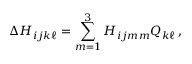
\Delta H _ { i j k \ell } = \sum _ { m = 1 } ^ { 3 } H _ { i j m m } Q _ { k \ell } \, ,